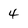
Character: 4